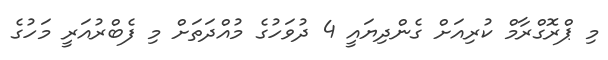
މި ޕްރޮގްރާމް ކުރިއަށް ގެންދިޔައީ 4 ދުވަހުގެ މުއްދަތަށް މި ފެބްރުއަރީ މަހުގެ